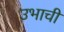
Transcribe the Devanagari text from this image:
उभाची